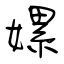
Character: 嫘